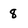
Character: 8